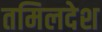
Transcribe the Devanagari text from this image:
तमिलदेश